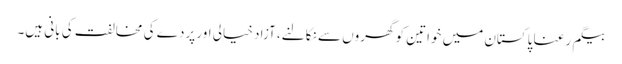
بیگم رعنا پاکستان میں خواتین کو گھروں سے نکالنے، آزاد خیالی اور پردے کی مخالفت کی بانی ہیں۔